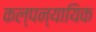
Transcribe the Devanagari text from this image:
कल्पन्यायिक